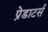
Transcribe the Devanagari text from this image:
प्रेडाटर्स